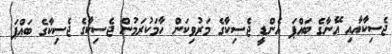
ޖެސިކާއާއި އޭނާގެ ބައްޕަ އެންޑީ ޖެސިކާގެ މަރުވިކަން ހާމަކުރަމުން ޖެސިކާގެ ޖެސިކާގެ ބައްޕަ